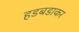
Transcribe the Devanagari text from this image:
हडबडाकर